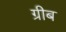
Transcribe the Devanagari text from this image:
ग्रीब